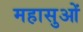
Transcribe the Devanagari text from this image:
महासुओं